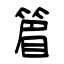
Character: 篃